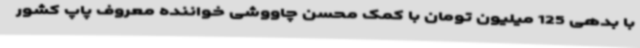
با بدهی 125 میلیون تومان با کمک محسن چاووشی خواننده معروف پاپ کشور